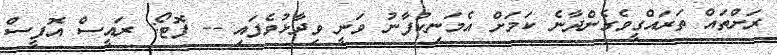
ރަށްތައް ތަރައްގީވެގެންދާނެ ކަމަށް އެމަނިކުފާނު ވަނީ ވިދާޅުވެފައި -- ފޮޓޯ: ރައީސް އޮފީސް